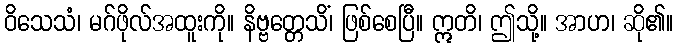
ဝိသေသံ၊ မဂ်ဖိုလ်အထူးကို။ နိဗ္ဗတ္တေသိံ၊ ဖြစ်စေပြီ။ ဣတိ၊ ဤသို့။ အာဟ၊ ဆို၏။